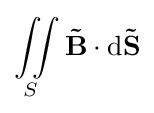
\iint \limits _{S}\mathbf {\vec {B}} \cdot \operatorname {d\mathbf {\vec {S}} }